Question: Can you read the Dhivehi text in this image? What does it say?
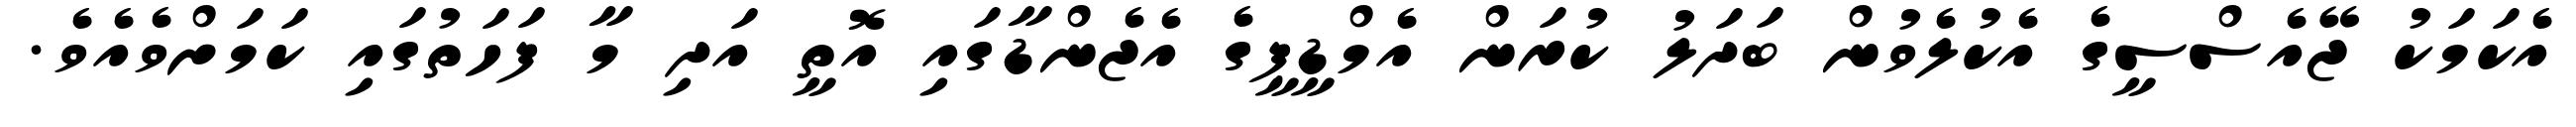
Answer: އެކަމަކު ޖޭއެސްސީގެ އެކުލެވުން ބަދަލު ކުރަން އެމްޑީޕީގެ އެޖެންޑާގައި އޮތީ އަދި މާ ފަހަތުގައި ކަމަށްވެއެވެ.